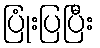
ပြုံးပြပြီး